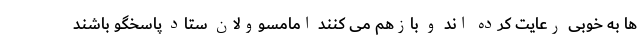
ها به خوبی رعایت کرده اند و بازهم می کنند امامسوولان ستاد پاسخگو باشند